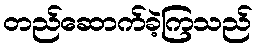
တည်ဆောက်ခဲ့ကြသည်